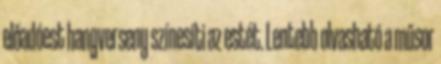
előadóest hangverseny színesíti az estét. Lentebb olvasható a műsor